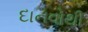
દાનવોથી